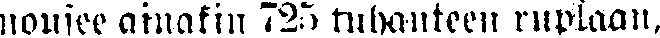
nousee ainakin 725 tuhanteen ruplaan,